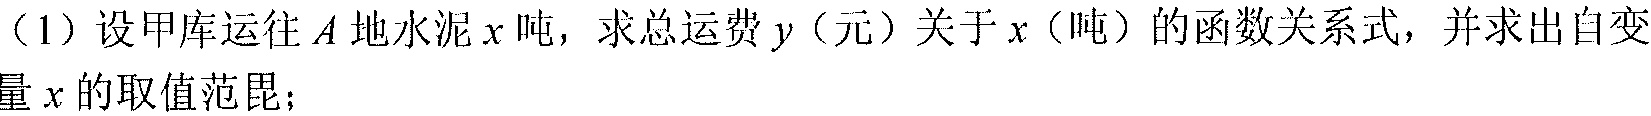
（1）设甲库运往\(A\)地水泥\(x\)吨，求总运费\(y\)（元）关于\(x\)（吨）的函数关系式，并求出自变量\(x\)的取值范毘；